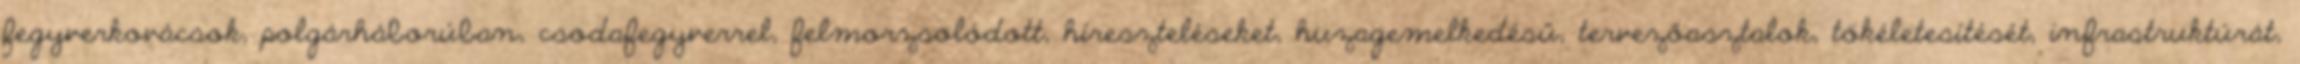
fegyverkovácsok, polgárháborúban, csodafegyverrel, felmorzsolódott, híreszteléseket, huzagemelkedésű, tervezőasztalok, tökéletesítését, infrastruktúrát,